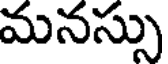
మనస్సు